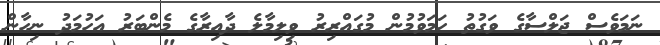
ނަމަވެސް ޖަލްސާގެ ވަގުތު ހަމަވުމުން މުގައްރިރު ވިލިމާލެ ދާއިރާގެ މެންބަރު އަހުމަދު ނިހާން